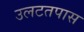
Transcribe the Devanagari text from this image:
उलटतपास